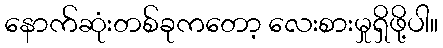
နောက်ဆုံးတစ်ခုကတော့ လေးစားမှုရှိဖို့ပါ။